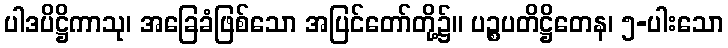
ပါဒပိဋ္ဌိကာသု၊ အခြေခံဖြစ်သော အပြင်တော်တို့၌။ ပဉ္စပတိဋ္ဌိတေန၊ ၅-ပါးသော